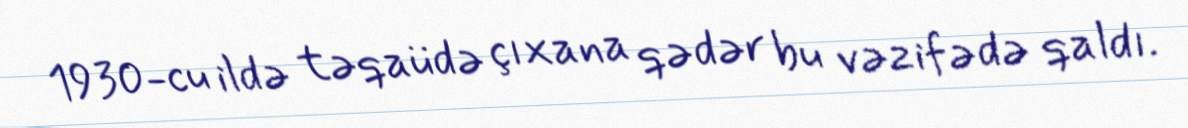
1930-cu ildə təqaüdə çıxana qədər bu vəzifədə qaldı.